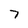
Character: 7